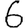
Digit: 6